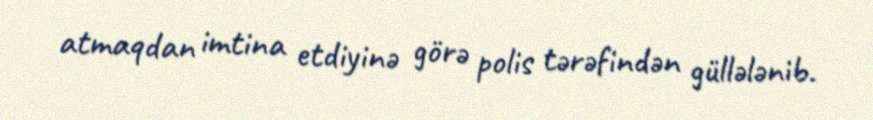
atmaqdan imtina etdiyinə görə polis tərəfindən güllələnib.